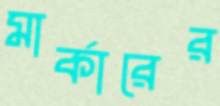
মার্কারের